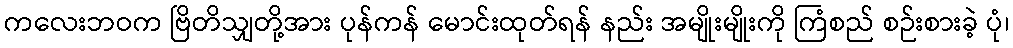
ကလေးဘဝက ဗြိတိသျှတို့အား ပုန်ကန် မောင်းထုတ်ရန် နည်း အမျိုးမျိုးကို ကြံစည် စဉ်းစားခဲ့ ပုံ၊